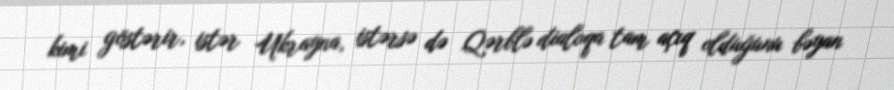
kimi göstərir, istər Ukrayna, istərsə də Qərblə dialoqa tam açıq olduğunu bəyan